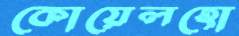
কোয়েলহো